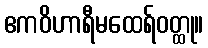
ဧကဝိဟာရီမထေရ်ဝတ္ထု။